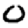
Digit: 0